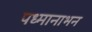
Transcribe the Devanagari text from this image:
पध्मानाभन